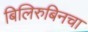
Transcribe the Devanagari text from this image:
बिलिरुबिनचा